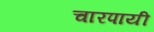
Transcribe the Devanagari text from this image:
चारपायी